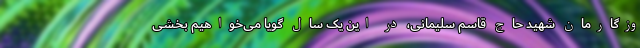
وزگارمان شهید حاج قاسم سلیمانی، در این یک سال گویا می‌خواهیم بخشی